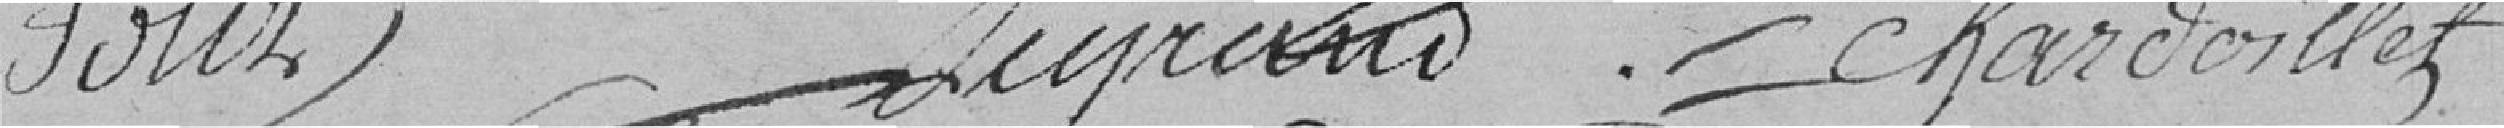
Foltz                        Legrand                  Chardoillet